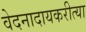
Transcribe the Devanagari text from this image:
वेदनादायकरीत्या